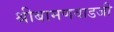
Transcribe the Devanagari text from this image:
श्रीबामणवाडजी